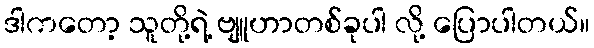
ဒါကတော့ သူတို့ရဲ့ ဗျူဟာတစ်ခုပါ လို့ ပြောပါတယ်။